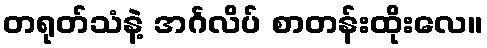
တရုတ်သံနဲ့ အင်္ဂလိပ် စာတန်းထိုးလေ။